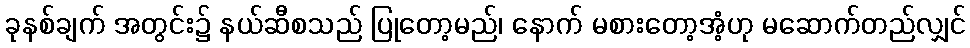
ခုနစ်ချက် အတွင်း၌ နယ်ဆီစသည် ပြုတော့မည်၊ နောက် မစားတော့အံ့ဟု မဆောက်တည်လျှင်